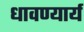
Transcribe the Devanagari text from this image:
धावण्यार्य